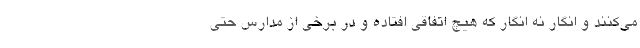
می‌کنند و انگار نه انگار که هیچ اتفاقی افتاده و در برخی از مدارس حتی